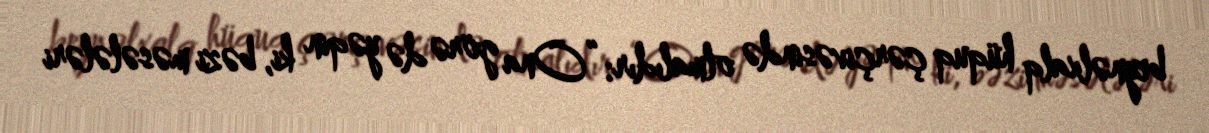
beynəlxalq hüquq çərçivəsində olmalıdır: “Ona görə də yəqin ki, bəzi məsələləri